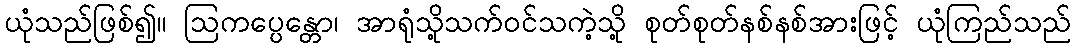
ယုံသည်ဖြစ်၍။ ဩကပ္ပေန္တော၊ အာရုံသို့သက်ဝင်သကဲ့သို့ စုတ်စုတ်နစ်နစ်အားဖြင့် ယုံကြည်သည်